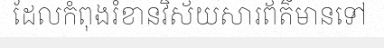
ដែលកំពុងរំខានវិស័យសារព័ត៌មានទៅ